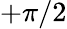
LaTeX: +\pi/2